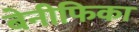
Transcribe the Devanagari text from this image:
बेनीफिका